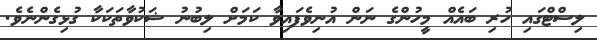
ލިސްޓްގައި ހުރި ބައެއް މީހުންގެ ނަން އުނިވެފައިވާ ކަމަށް ލިބުނު ޝަކުވާތަކަކާ ގުޅިގެންނެވެ.